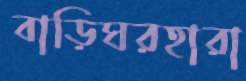
বাড়িঘরহারা